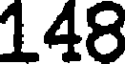
148